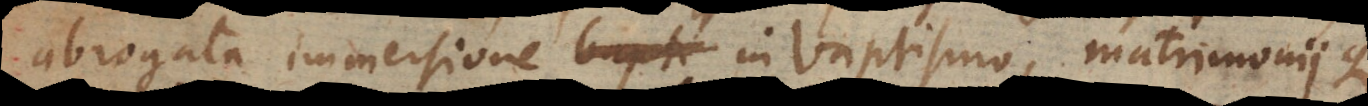
brogata immersione in baptismo, matrimoniique